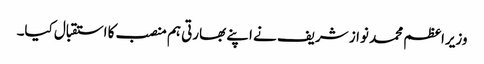
وزیراعظم محمد نواز شریف نے اپنے بھارتی ہم منصب کا استقبال کیا۔